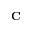
\mathbf { C }